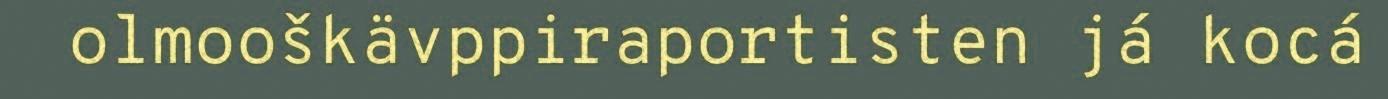
olmooškävppiraportisten já kocá